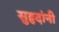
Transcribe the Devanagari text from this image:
सुहृदांनी